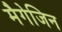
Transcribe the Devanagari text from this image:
मैगेजिन